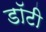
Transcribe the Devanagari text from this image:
डॉटी